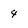
Character: 4